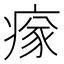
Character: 𤸉